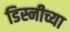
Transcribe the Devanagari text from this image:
डिस्नीच्या